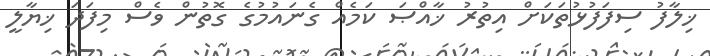
ޚިލާފު ސިފަފުޅުތަކަށް އިތުރު ޚާއްޞަ ކަމެއް ގެނައުމުގެ ގޮތުން ވެސް މިފަދަ ޚިޔާލީ